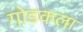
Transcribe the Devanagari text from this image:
गोडकला